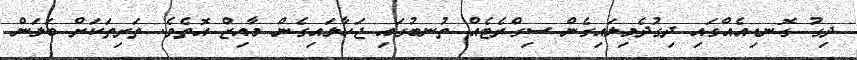
ދިގު ގޮނޑިއެއްގައި ދިގުދެމިލައިގެން ސިގްރެޓެއް ތުނބުގައި ޖަހާލައިގެން މާއިޒް އޮތެވެ. ތަރިތަކަށް ބަލަން